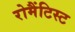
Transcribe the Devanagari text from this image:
रोमैंटिस्ट